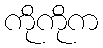
ကိုကိုက